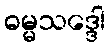
ဓမ္မသဒ္ဒေါ